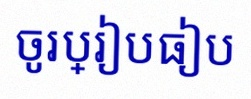
ចូរប្រៀបធៀប